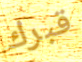
قبرك